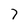
Character: 7